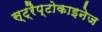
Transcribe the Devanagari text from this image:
स्ट्रैप्टोकाइनेज